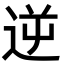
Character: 逆